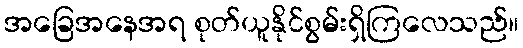
အခြေအနေအရ စုတ်ယူနိုင်စွမ်းရှိကြလေသည်။